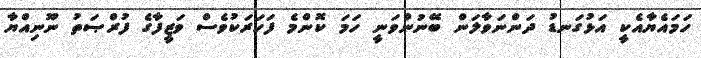
ހަމައެޔާއެކީ އަޅުގަނޑު ދަންނަވާލަން ބޭނުންވަނީ ހަމަ ކޮންމެ ފަހަރަކުވެސް ވަޒީފާގެ ފުރްޞަތު ނޫނިއްޔާ